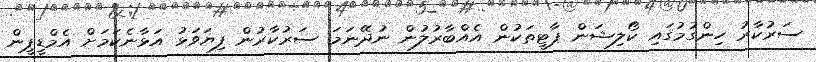
ސަރުކާރު ހިންގުމުގައި ކޯލިޝަން ޕާޓީތަކުން އެއްބާރުލުން ނުދޭނަމަ ސަރުކާރުން ފިޔަވަޅު އަޅާނެކަމަށް އެމްޑީޕީން